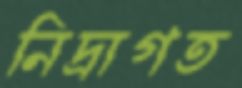
নিদ্রাগত